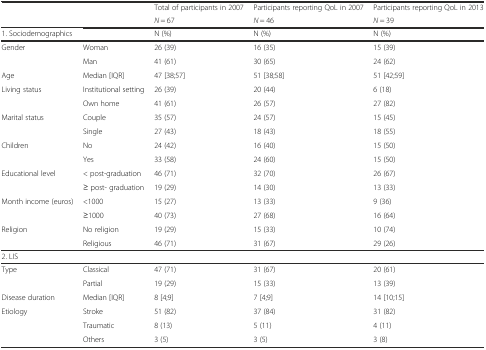
<table><thead><tr><td></td><td></td><td><b>Total of participants in 2007</b></td><td><b>Participants reporting QoL in 2007</b></td><td><b>Participants reporting QoL in 2013</b></td></tr><tr><td></td><td></td><td><b><i>N</i> = 67</b></td><td><b><i>N</i> = 46</b></td><td><b><i>N</i> = 39</b></td></tr></thead><tbody><tr><td>1. Sociodemographics</td><td></td><td>N (%)</td><td>N (%)</td><td>N (%)</td></tr><tr><td rowspan="2">Gender</td><td>Woman</td><td>26 (39)</td><td>16 (35)</td><td>15 (39)</td></tr><tr><td>Man</td><td>41 (61)</td><td>30 (65)</td><td>24 (62)</td></tr><tr><td>Age</td><td>Median [IQR]</td><td>47 [38;57]</td><td>51 [38;58]</td><td>51 [42;59]</td></tr><tr><td rowspan="2">Living status</td><td>Institutional setting</td><td>26 (39)</td><td>20 (44)</td><td>6 (18)</td></tr><tr><td>Own home</td><td>41 (61)</td><td>26 (57)</td><td>27 (82)</td></tr><tr><td rowspan="2">Marital status</td><td>Couple</td><td>35 (57)</td><td>24 (57)</td><td>15 (45)</td></tr><tr><td>Single</td><td>27 (43)</td><td>18 (43)</td><td>18 (55)</td></tr><tr><td rowspan="2">Children</td><td>No</td><td>24 (42)</td><td>16 (40)</td><td>15 (50)</td></tr><tr><td>Yes</td><td>33 (58)</td><td>24 (60)</td><td>15 (50)</td></tr><tr><td rowspan="2">Educational level</td><td>&lt; post-graduation</td><td>46 (71)</td><td>32 (70)</td><td>26 (67)</td></tr><tr><td>≥ post- graduation</td><td>19 (29)</td><td>14 (30)</td><td>13 (33)</td></tr><tr><td rowspan="2">Month income (euros)</td><td>&lt;1000</td><td>15 (27)</td><td>13 (33)</td><td>9 (36)</td></tr><tr><td>≥1000</td><td>40 (73)</td><td>27 (68)</td><td>16 (64)</td></tr><tr><td rowspan="2">Religion</td><td>No religion</td><td>19 (29)</td><td>15 (33)</td><td>10 (74)</td></tr><tr><td>Religious</td><td>46 (71)</td><td>31 (67)</td><td>29 (26)</td></tr><tr><td>2. LIS</td><td></td><td></td><td></td><td></td></tr><tr><td rowspan="2">Type</td><td>Classical</td><td>47 (71)</td><td>31 (67)</td><td>20 (61)</td></tr><tr><td>Partial</td><td>19 (29)</td><td>15 (33)</td><td>13 (39)</td></tr><tr><td>Disease duration</td><td>Median [IQR]</td><td>8 [4;9]</td><td>7 [4;9]</td><td>14 [10;15]</td></tr><tr><td rowspan="3">Etiology</td><td>Stroke</td><td>51 (82)</td><td>37 (84)</td><td>31 (82)</td></tr><tr><td>Traumatic</td><td>8 (13)</td><td>5 (11)</td><td>4 (11)</td></tr><tr><td>Others</td><td>3 (5)</td><td>3 (5)</td><td>3 (8)</td></tr></tbody></table>